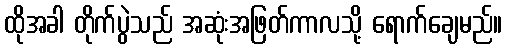
ထိုအခါ တိုက်ပွဲသည် အဆုံးအဖြတ်ကာလသို့ ရောက်ချေမည်။